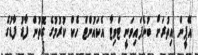
އޭޕީން އިތުރަށް ބުނެފައިވަނީ ޓްވިޓާ އެކައުންޓް ހެކް ކުރުމުގެ ގޮތުން ފާޑު ފާޑުގެ